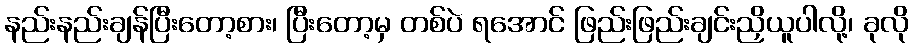
နည်းနည်းချန်ပြီးတော့စား၊ ပြီးတော့မှ တစ်ပဲ ရအောင် ဖြည်းဖြည်းချင်းညှိယူပါလို့၊ ခုလို